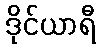
ဒိုင်ယာရီ